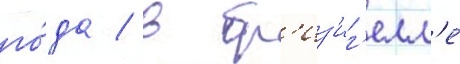
го́да / в бр'из'иг'елл'е